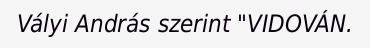
Vályi András szerint "VIDOVÁN.